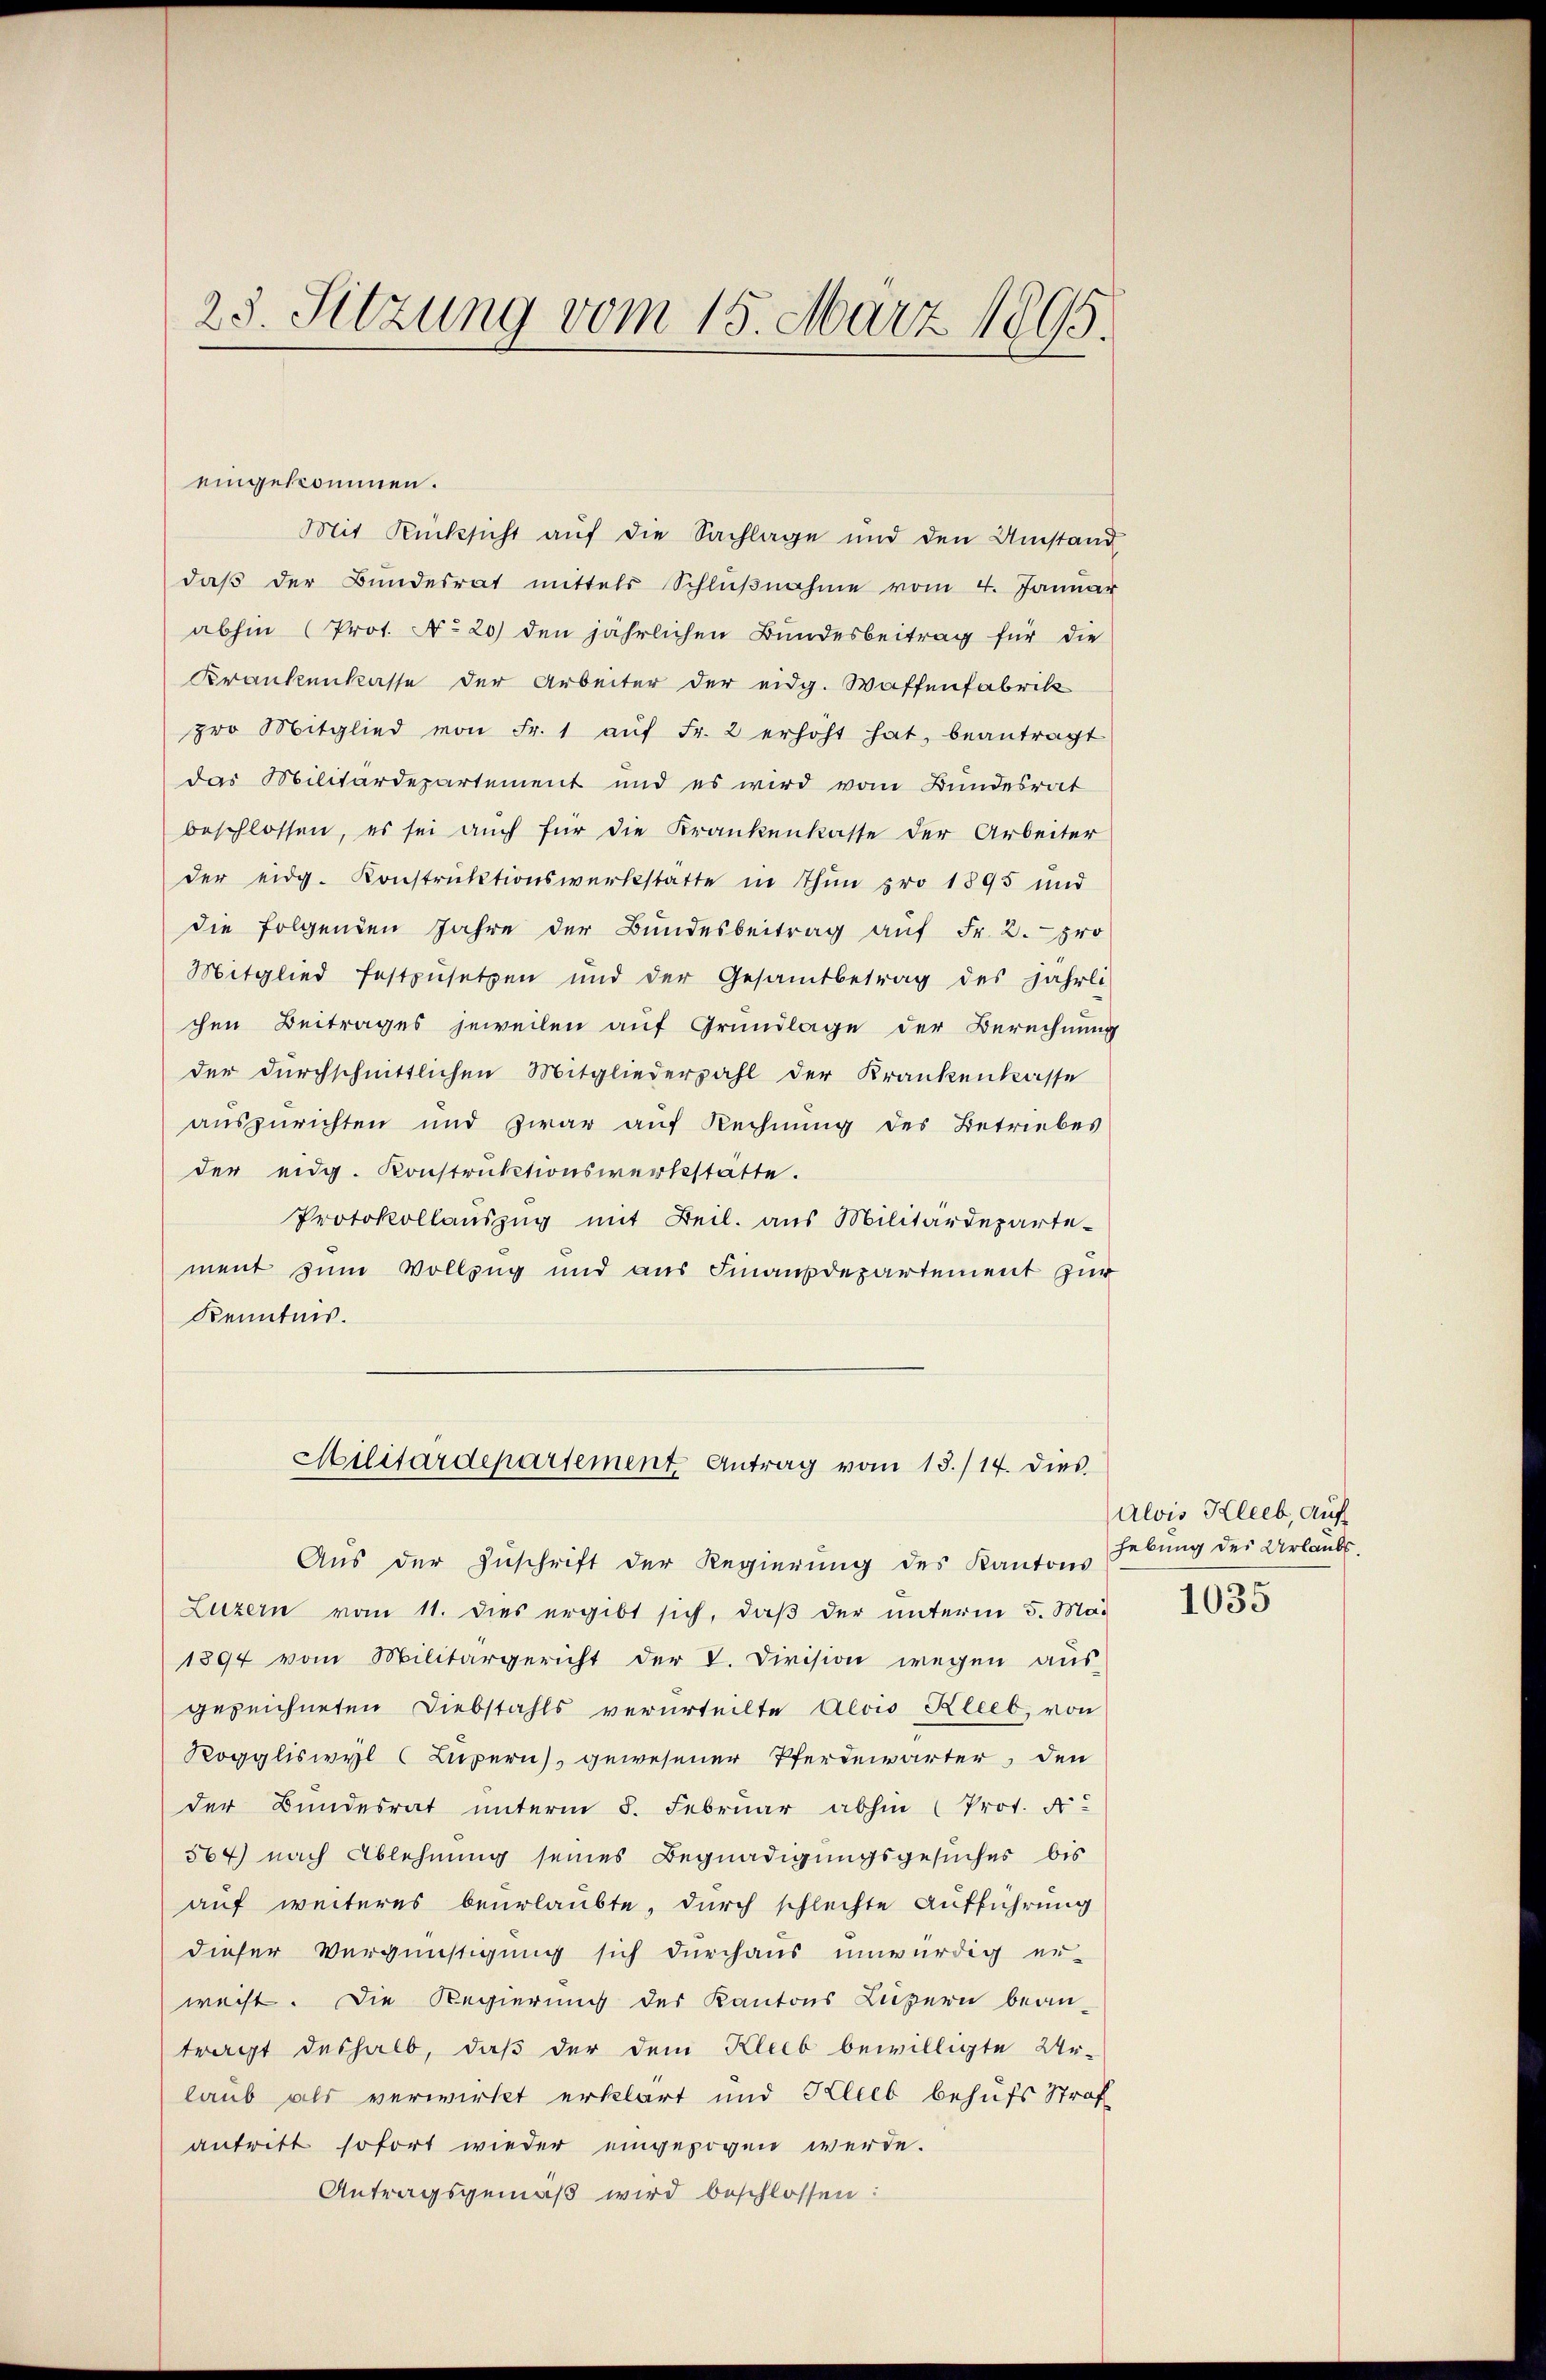
23. Sitzung vom 15. März 1895.

eingekommen.
Mit Rücksicht aŭf die Sachlage und den Umstand
daß der Bundesrat mittels Schlußnahme vom 4. Januar
abhin (Prot. No 20) den jährlichen Bundesbeitrag für die
Krankenkasse der Arbeiter der eidg. Waffenfabrik
pro Mitglied von Fr. 1 aŭf Fr. 2 erhöht hat, beantragt
das Militärdepartement und es wird vom Bundesrat
beschlossen, es sei auch für die Krankenkasse der Arbeiter
der eidg. Konstruktionswerkstatte in Thun pro 1895 und
die folgenden Jahre der Bundesbeitrag aŭf Fr. 2. pro
Mitglied festzŭsetzen und der Gesamtbetrag des jährli-
chen Beitrages jeweilen auf Grundlage der Berechnung
der durchschnittlichen Mitgliederzahl der Krankenkasse
auszurichten und zwar auf Rechnung des Betriebes
der eidg. Konstruktionswerkstatte.
Protokollauszug mit Beil. aus Militärdeparte-
ment zum Vollzug und aus Finanzdepartement zur
Kenntnis.
Militärdepartement. Antrag vom 13./14. dies
Aus der Zuschrift der Regierung des Kantons
Luzern vom 11. dies ergibt sich, daß der unterm 5. Mai
1894 vom Militärgericht der V. Division wegen aus-
gezeichneten Diebstahls verurteilte Alois Kleeb, von
Roggliswyl (Lupern), gewesener Pferdewärter, den
der Bundesrat unterm 8. Februar abhin (Prot. N
564) nach Ablehnung seines Begnadigungsgesuches bis
auf weiteres beurlaubte, durch schlechte Aufführung
dieser Vergünstigung sich durchaus unwürdig er-
wacht. Die Regierung des Kantons Luzern bean-
tragt deshalb, daß der dem Kleeb bewilligte Ur-
laub als verwirkt erklärt und Klieb behufs Straf
antritt sofort wieder eingezogen werde.
Antragsgemäß wird beschlossen:

Alois Kleeb, auf
hebung des Urlaubs.

1035